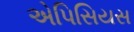
એપિસિયસ